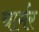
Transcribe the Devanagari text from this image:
चार्मर